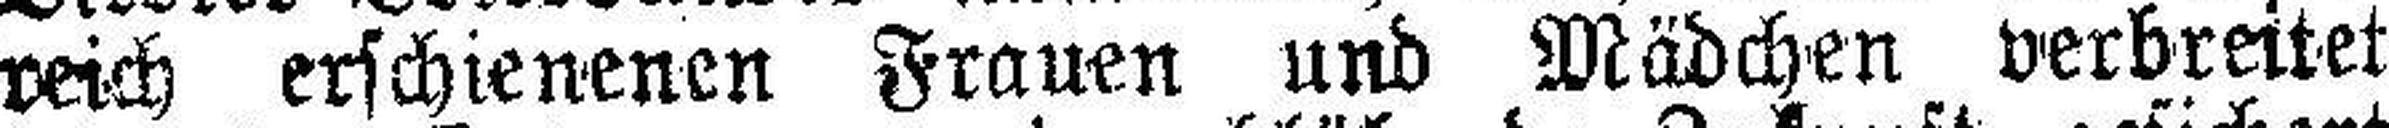
reich erschienenen Frauen und Mädchen verbreitet